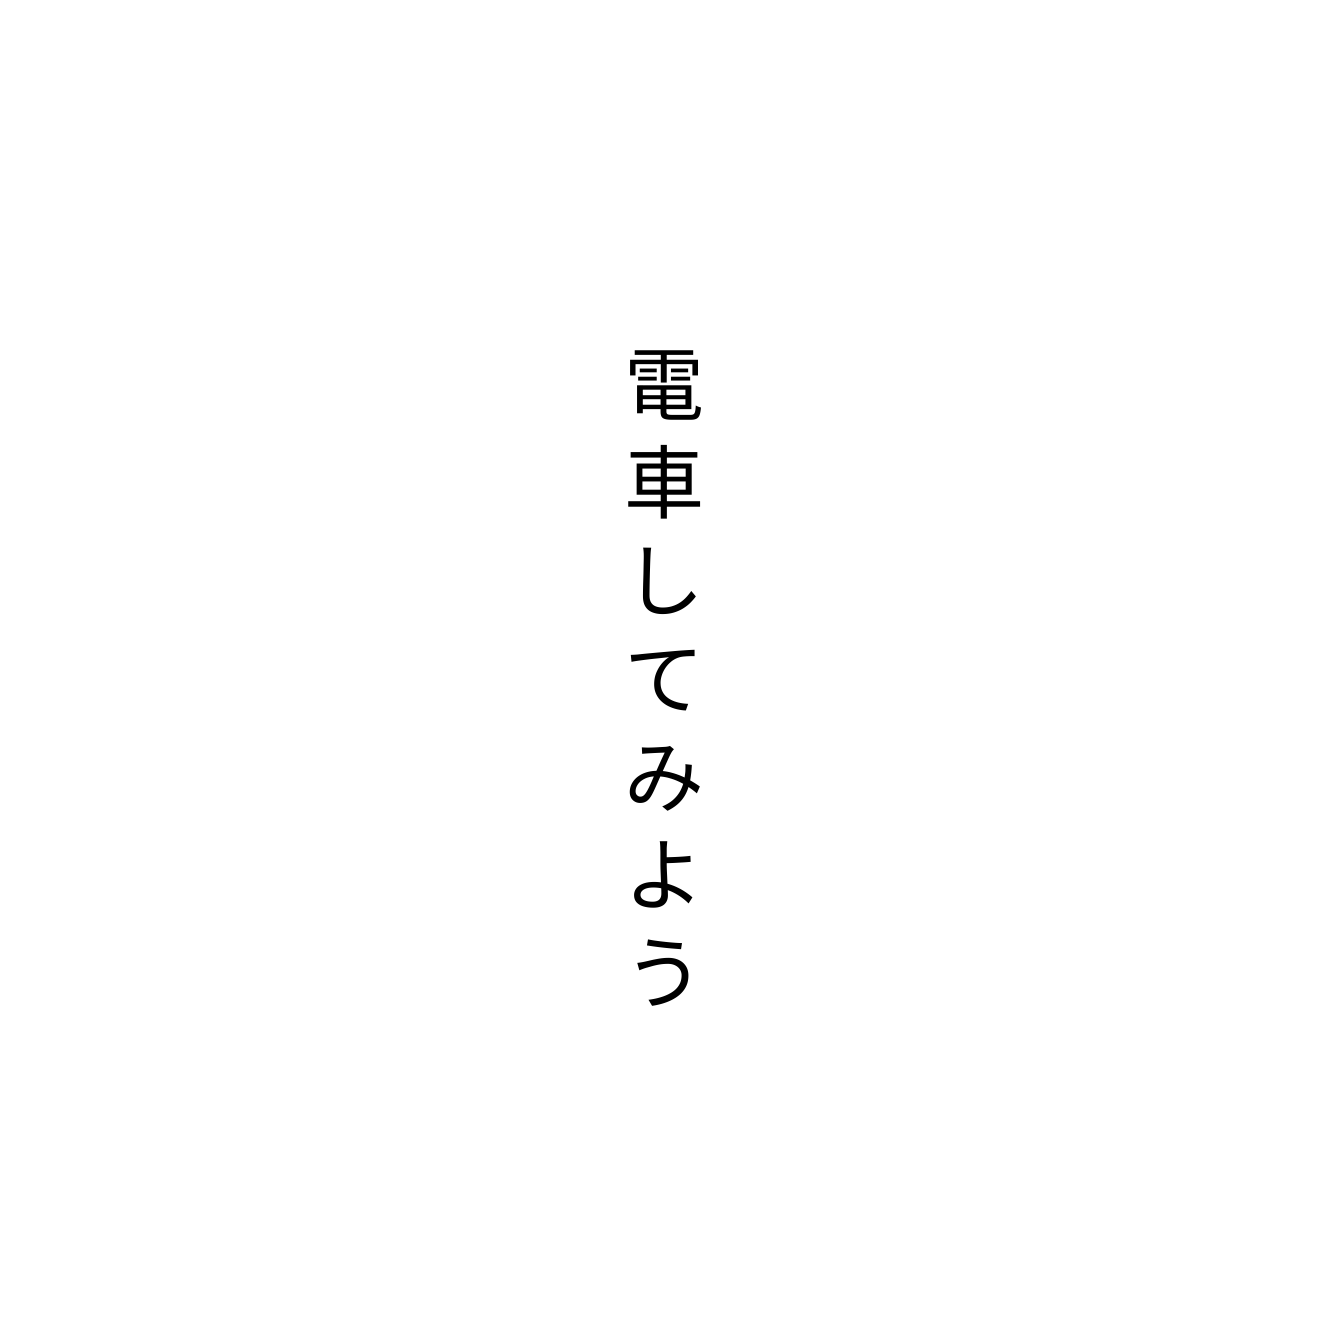
電車してみよう